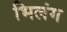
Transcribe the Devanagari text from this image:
भिलंग